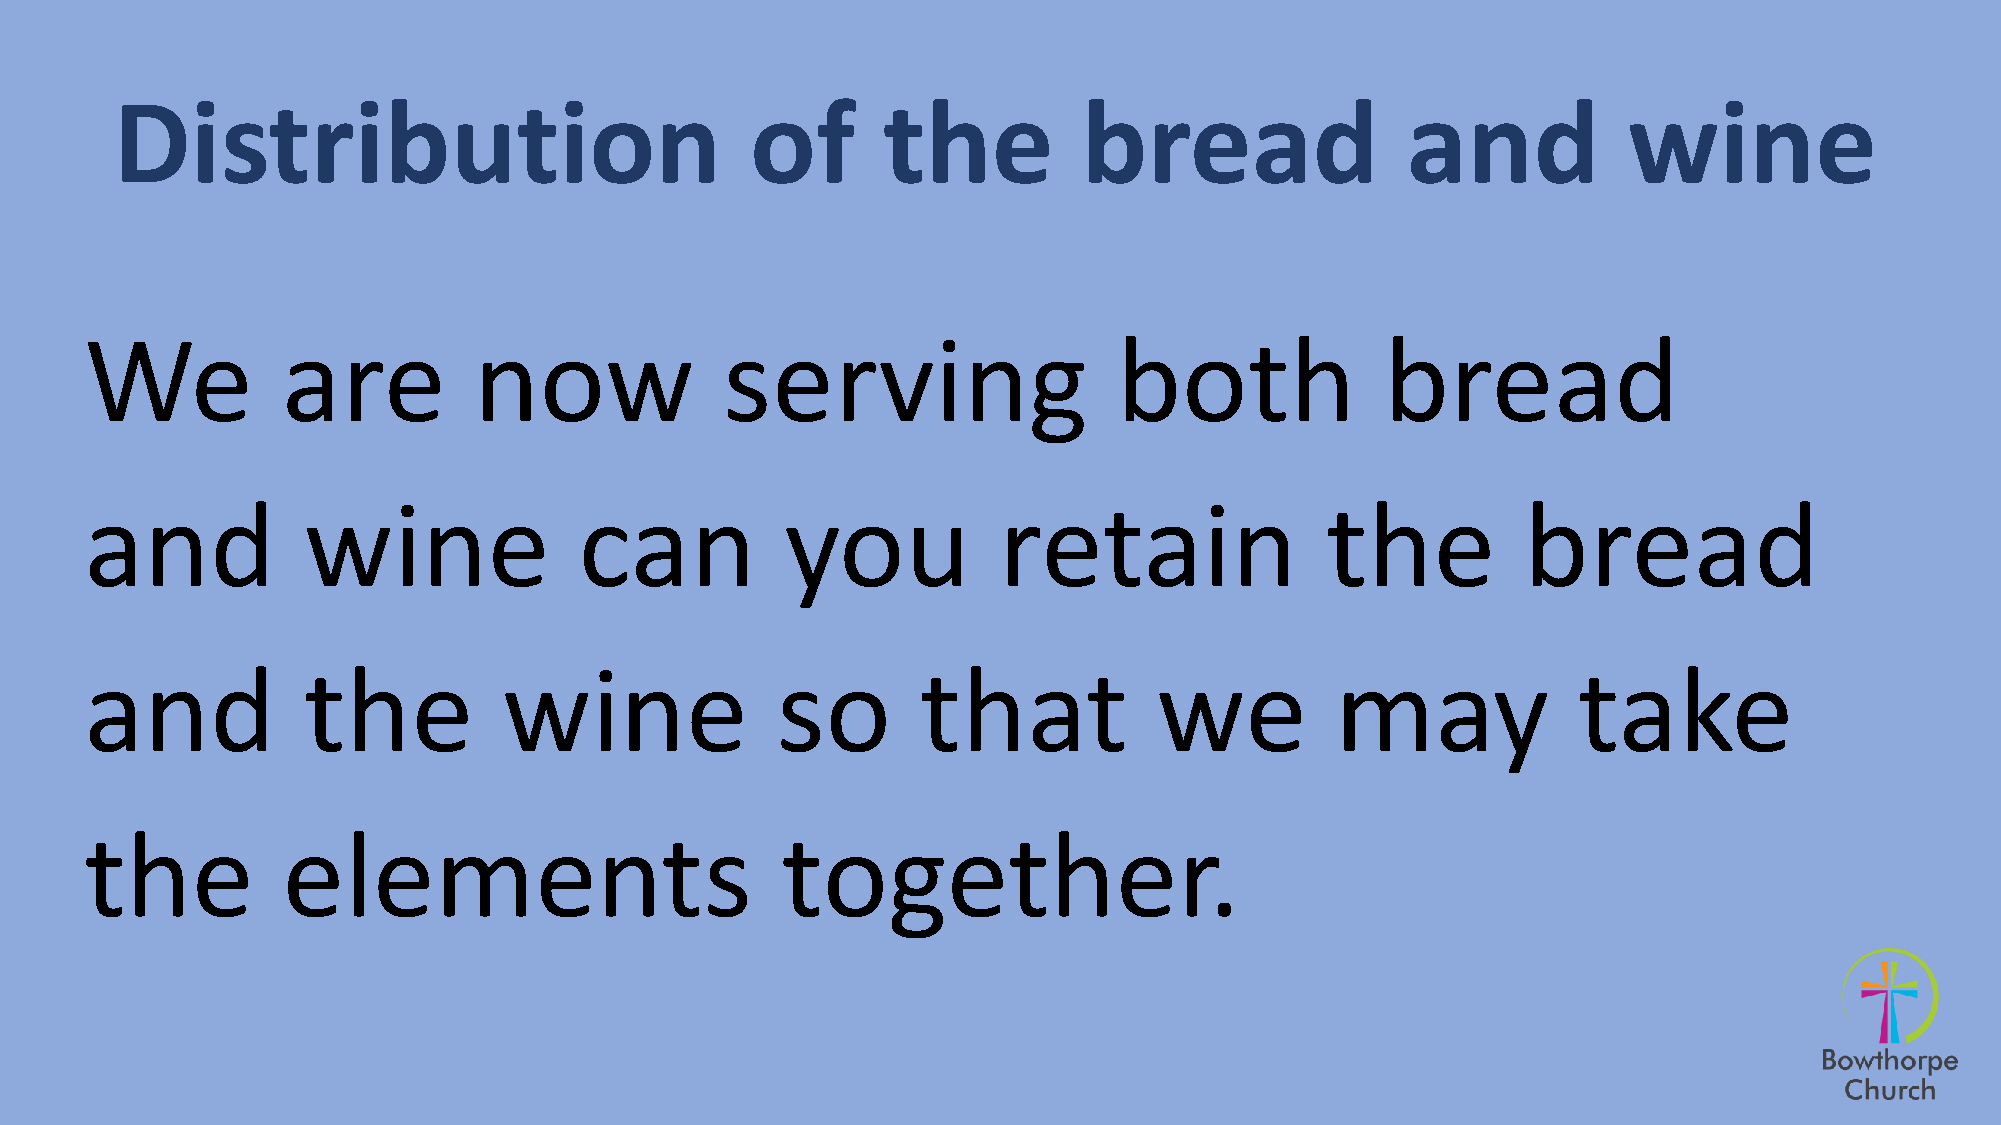
Distribution                               of      the           bread                and            wine
 We           are         now              serving                   both              bread
 and           wine              can           you           retain                the          bread
 and           the          wine              so        that            we         may             take
 the          elements                         together.